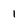
Character: i